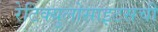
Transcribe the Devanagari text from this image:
रेटिक्युलोसाइटसची